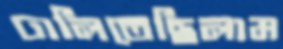
ঢালিতেছিলাম